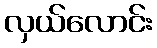
လှယ်လောင်း